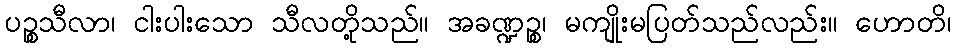
ပဉ္စသီလာ၊ ငါးပါးသော သီလတို့သည်။ အခဏ္ဍဉ္စ၊ မကျိုးမပြတ်သည်လည်း။ ဟောတိ၊